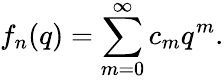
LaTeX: f_{n}(q)=\sum_{m=0}^{\infty}c_{m}q^{m}.